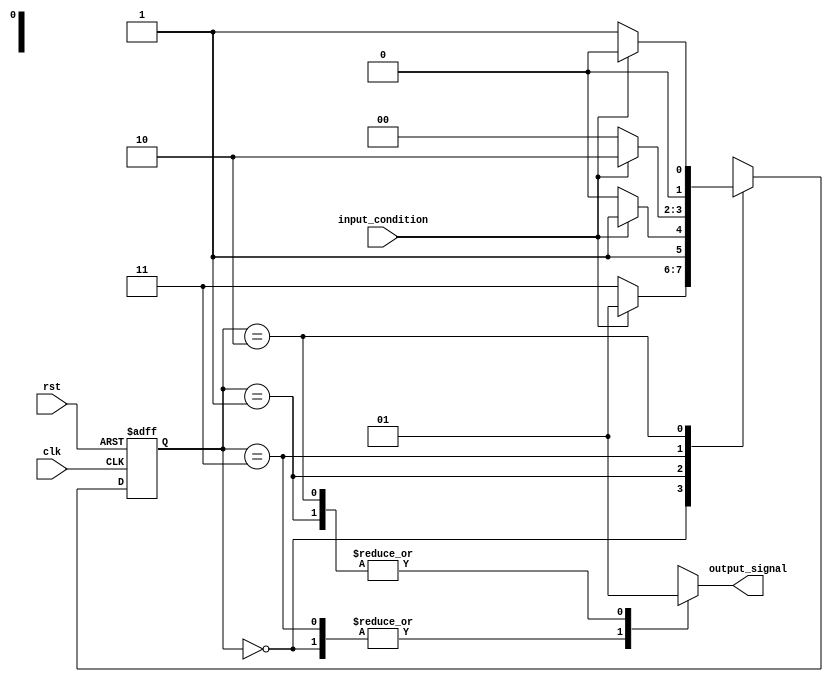
module Gray_Code_State_Machine (
    input wire clk,
    input wire rst,
    input wire input_condition,
    output reg output_signal
);

// State definition using Gray Code encoding
parameter STATE_A = 2'b00;
parameter STATE_B = 2'b01;
parameter STATE_C = 2'b11;
parameter STATE_D = 2'b10;

// State register and next state logic
reg [1:0] current_state, next_state;

always @(posedge clk or posedge rst) begin
    if (rst) begin
        current_state <= STATE_A;
    end else begin
        current_state <= next_state;
    end
end

// State transition logic based on input conditions
always @* begin
    case (current_state)
        STATE_A: begin
            if (input_condition) begin
                next_state = STATE_B;
            end else begin
                next_state = STATE_C;
            end
        end
        STATE_B: begin
            if (input_condition) begin
                next_state = STATE_C;
            end else begin
                next_state = STATE_D;
            end
        end
        STATE_C: begin
            if (input_condition) begin
                next_state = STATE_D;
            end else begin
                next_state = STATE_A;
            end
        end
        STATE_D: begin
            if (input_condition) begin
                next_state = STATE_A;
            end else begin
                next_state = STATE_B;
            end
        end
    endcase
end

// Output signal assignment based on current state
always @* begin
    case (current_state)
        STATE_A: output_signal = 1'b0;
        STATE_B: output_signal = 1'b1;
        STATE_C: output_signal = 1'b0;
        STATE_D: output_signal = 1'b1;
    endcase
end

endmodule